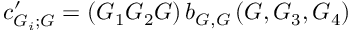
c _ { G _ { i } ; G } ^ { \prime } = ( G _ { 1 } G _ { 2 } G ) \, b _ { G , G } \, ( G , G _ { 3 } , G _ { 4 } )